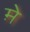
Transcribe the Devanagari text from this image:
म़े